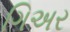
ગિઅર